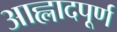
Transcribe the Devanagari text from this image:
आह्लादपूर्ण